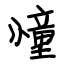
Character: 憧